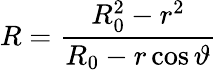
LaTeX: R=\frac{R_{0}^{2}-r^{2}}{R_{0}-r\cos\vartheta}